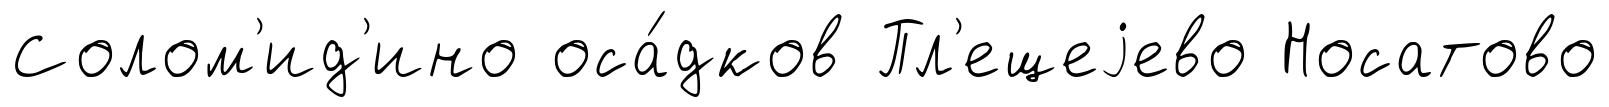
Солом'ид'ино оса́дков Пл'ещеjево Носатово